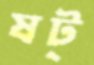
ষট্‌